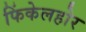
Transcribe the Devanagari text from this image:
फिंकेलहोर